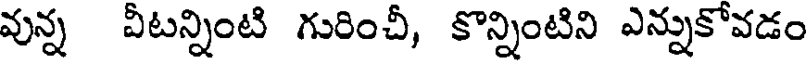
వున్న వీటన్నింటి గురించీ, కొన్నింటిని ఎన్నుకోవడం